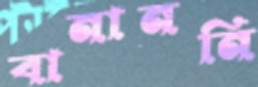
বানাননি